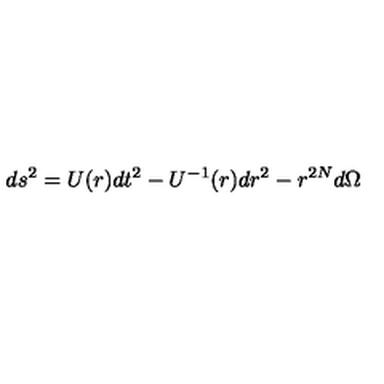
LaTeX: d s ^ { 2 } = U ( r ) d t ^ { 2 } - U ^ { - 1 } ( r ) d r ^ { 2 } - r ^ { 2 N } d \Omega